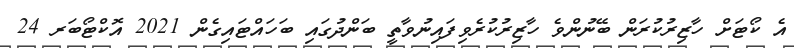
އެ ކޯޓަށް ހާޒިރުކުރަން ބޭނުންވެ ހާޒިރުކުރެވިފައިނުވާތީ ބަންދުގައި ބަހައްޓައިގެން 2021 އޮކްޓޯބަރ 24